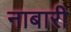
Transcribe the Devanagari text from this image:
नाबारी